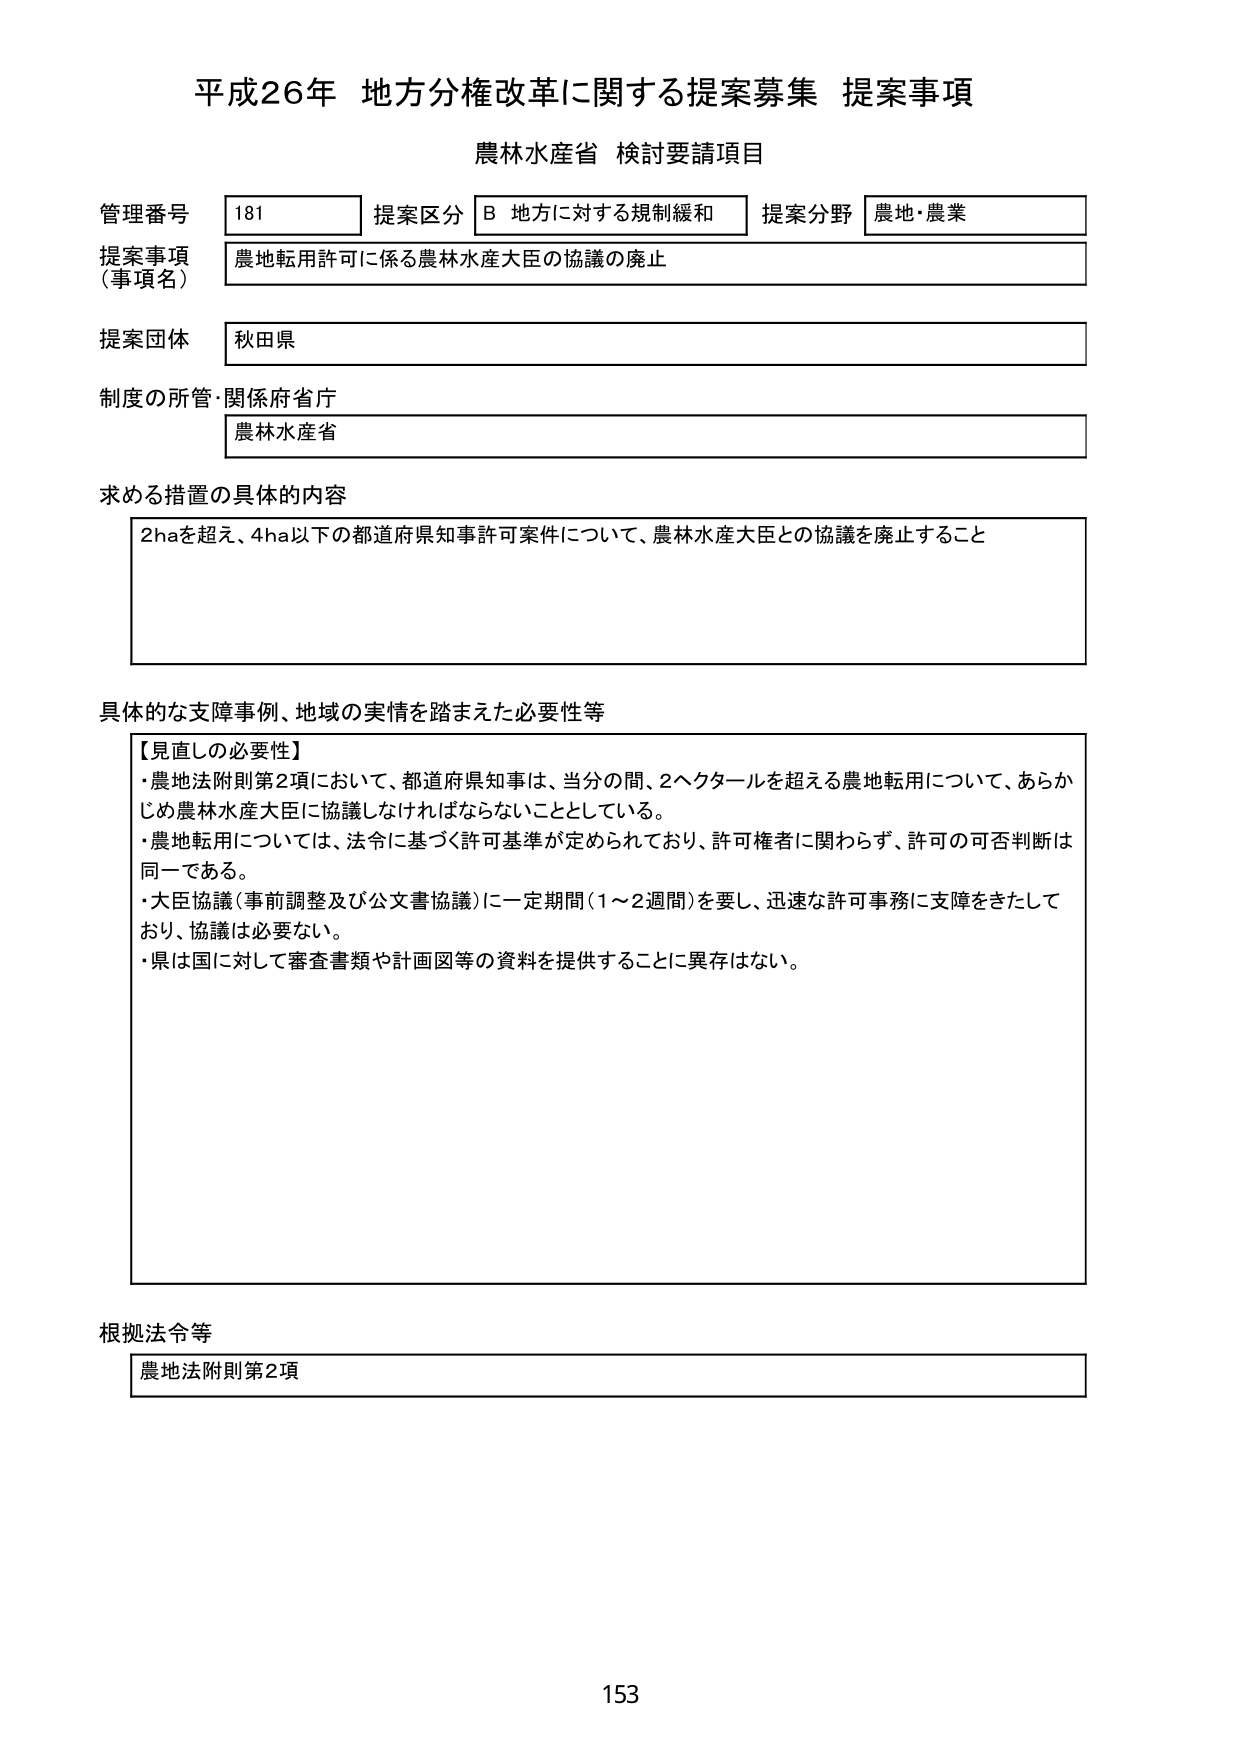
平成26年 地方分権改革に関する提案募集 提案事項
農林水産省 検討要請項目

管理番号 181 提案区分 B 地方に対する規制緩和 提案分野 農地・農業
提案事項（事項名） 農地転用許可に係る農林水産大臣の協議の廃止
提案団体 秋田県
制度の所管・関係府省庁 農林水産省

求める措置の具体的内容
2haを超え、4ha以下の都道府県知事許可案件について、農林水産大臣との協議を廃止すること

具体的な支障事例、地域の実情を踏まえた必要性等
【見直しの必要性】
・農地法附則第2項において、都道府県知事は、当分の間、2ヘクタールを超える農地転用について、あらかじめ農林水産大臣に協議しなければならないこととしている。
・農地転用については、法令に基づく許可基準が定められており、許可権者に関わらず、許可の可否判断は同一である。
・大臣協議（事前調整及び公文書協議）に一定期間（1～2週間）を要し、迅速な許可事務に支障をきたしており、協議は必要ない。
・県は国に対して審査書類や計画図等の資料を提供することに異存はない。

根拠法令等
農地法附則第2項

153